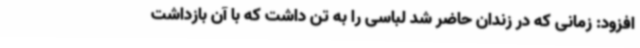
افزود: زمانی که در زندان حاضر شد لباسی را به تن داشت که با آن بازداشت